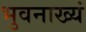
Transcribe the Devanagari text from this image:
भुवनाख्यं